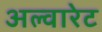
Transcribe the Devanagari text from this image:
अल्वारेट